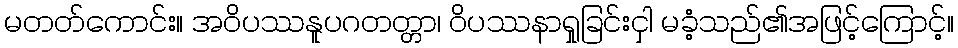
မတတ်ကောင်း။ အဝိပဿနူပဂတတ္တာ၊ ဝိပဿနာရှုခြင်းငှါ မခံ့သည်၏အဖြင့်ကြောင့်။